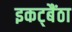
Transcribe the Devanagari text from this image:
इकट्बैंठा